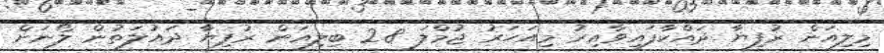
މިލިއަން ރުފިޔާ ދައްކާފައިވާއިރު މިއަހަރު ޖުމްލަ 2.8 ބިލިއަން ރުފިޔާ ދައުލަތުން ލޯނަށް